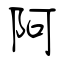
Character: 阿